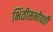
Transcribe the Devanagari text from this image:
भिंतीसभोवती